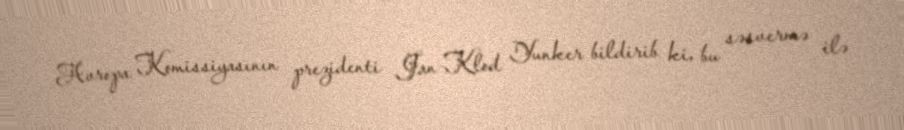
Avropa Komissiyasının prezidenti Jan-Klod Yunker bildirib ki, bu səsvermə ilə